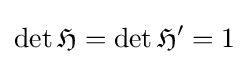
\det {\mathfrak {H}}=\det {\mathfrak {H}}'=1